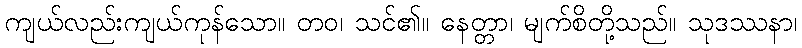
ကျယ်လည်းကျယ်ကုန်သော။ တဝ၊ သင်၏။ နေတ္တာ၊ မျက်စိတို့သည်။ သုဒဿနာ၊